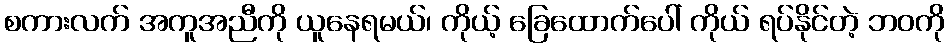
စကားလက် အကူအညီကို ယူနေရမယ်၊ ကိုယ့် ခြေထောက်ပေါ် ကိုယ် ရပ်နိုင်တဲ့ ဘဝကို